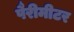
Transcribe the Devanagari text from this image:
पैरीमीटर